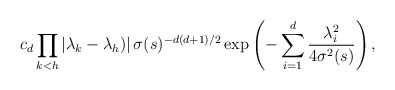
\begin{align*}c_{d}\prod_{k<h}\left\vert \lambda_{k}-\lambda_{h})\right\vert \sigma(s)^{-d(d+1)/2}\exp\left( -\sum_{i=1}^{d}\frac{\lambda_{i}^{2}}{4\sigma^{2}(s)}\right) , \end{align*}